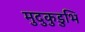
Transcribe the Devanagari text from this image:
मुदुकुडुभि